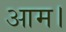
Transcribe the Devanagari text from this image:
आम।